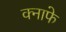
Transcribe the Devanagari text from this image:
क्नाफे